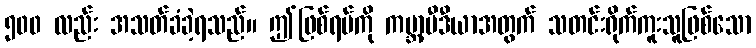
၅၀၀ လည်း အသတ်ခံခဲ့ရသည်။ ဤဖြစ်ရပ်ကို ကမ္ဘာ့မီဒီယာအတွက် သတင်းရိုက်ကူးသူဖြစ်သော